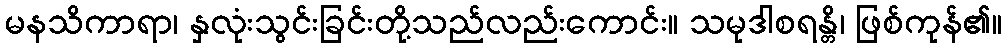
မနသိကာရာ၊ နှလုံးသွင်းခြင်းတို့သည်လည်းကောင်း။ သမုဒါစရန္တိ၊ ဖြစ်ကုန်၏။